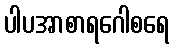
ပါပအာစာရဂေါစရေ